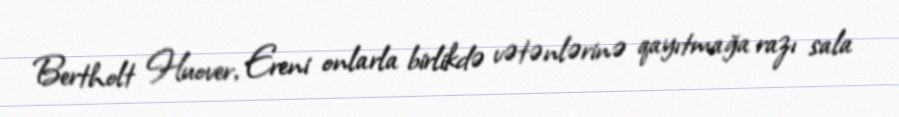
Bertholt Huover, Ereni onlarla birlikdə vətənlərinə qayıtmağa razı sala